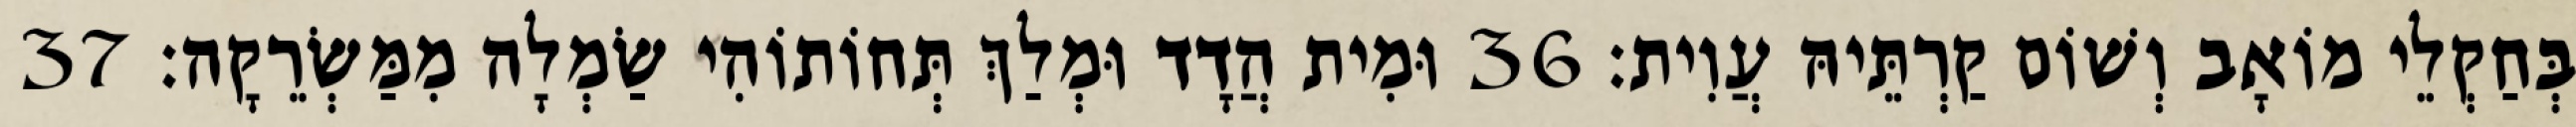
בְּחַקְלֵי מוֹאָב וְשׁוֹם קַרְתֵּיהּ עֲוִית׃ 36 וּמִית הֲדָד וּמְלַךְ תְּחוֹתוֹהִי שַׂמְלָה מִמַּשְׂרֵקָה׃ 37